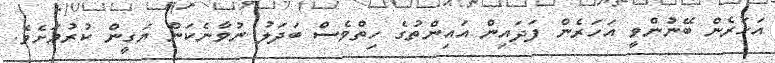
އަހަރެން ބޭނުންވީ އަހަރެން ފަދައިން އައިންތުގެ ހިތްވެސް ބަދަލު ނުވާނެކަން ޔަގީން ކުރުމަށެވެ.